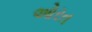
ઓરત